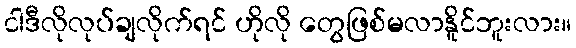
ငါဒီလိုလုပ်ချလိုက်ရင် ဟိုလို တွေဖြစ်မလာနိူင်ဘူးလား။